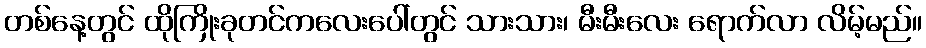
တစ်နေ့တွင် ထိုကြိုးခုတင်ကလေးပေါ်တွင် သားသား၊ မီးမီးလေး ရောက်လာ လိမ့်မည်။